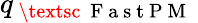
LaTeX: q_{\mathrm{~\textsc~{~F~a~s~t~P~M~}~}}